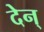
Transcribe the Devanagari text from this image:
देन्